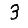
Digit: 3